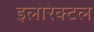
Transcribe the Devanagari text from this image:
इलोरेक्टल